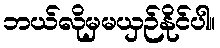
ဘယ်လိုမှမယှဉ်နိုင်ပါ။